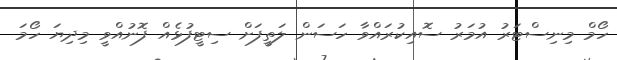
ހޯމް މިނިސްޓަރު އުމަރު ސޮއިކުރައްވާ ހަސަން ލަތީފަށް ސިޓީފުޅެއް ފޮނުއްވީ މިދިޔަ ހޯމަ